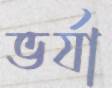
ভর্যা